Report of veterinary surgeon J.H. Steel, A.V.D., on his investigation into an obscure and fatal disease among transport mules in British Burma
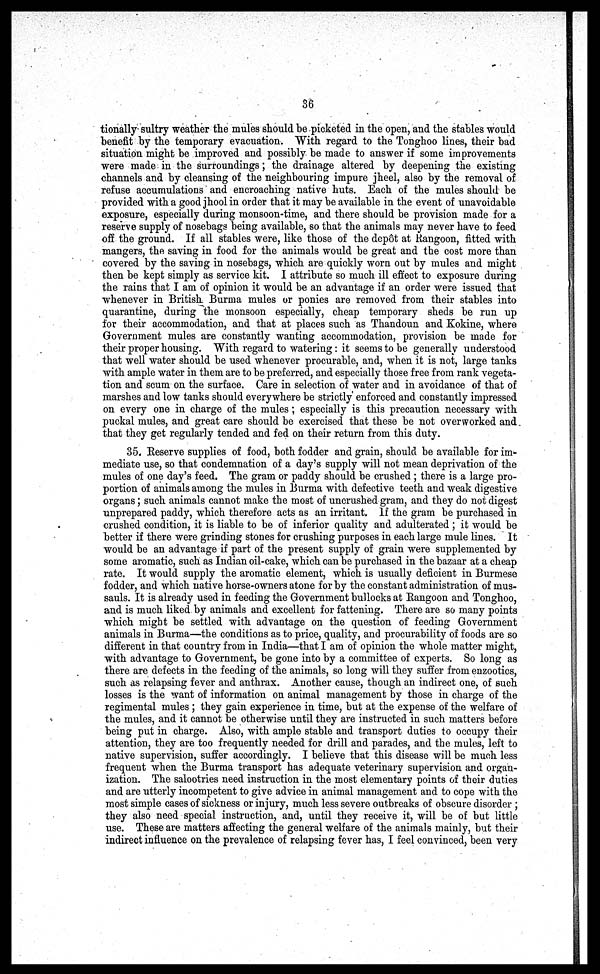
36
tionally sultry weather the mules should be picketed in the open, and the stables would
benefit by the temporary evacuation. With regard to the Tonghoo lines, their bad
situation might be improved and possibly be made to answer if some improvements
were made in the surroundings; the drainage altered by deepening the existing
channels and by cleansing of the neighbouring impure jheel, also by the removal of
refuse accumulations and encroaching native huts. Each of the mules should be
provided with a good jhool in order that it may be available in the event of unavoidable
exposure, especially during monsoon-time, and there should be provision made for a
reserve supply of nosebags being available, so that the animals may never have to feed
off the ground. If all stables were, like those of the dep6t at Rangoon, fitted with
mangers, the saving in food for the animals would be great and the cost more than
covered by the saving in nosebags, which are quickly worn out by mules and might
then be kept simply as service kit. I attribute so much ill effect to exposure during
the rains that I am of opinion it would be an advantage if an order were issued that
whenever in British Burma mules or ponies are removed from their stables into
quarantine, during the monsoon especially, cheap temporary sheds be run up
for their accommodation, and that at places such as Thandoun and Kokine, where
Government mules are constantly wanting accommodation, provision be made for
their proper housing. With regard to watering: it seems to be generally understood
that well water should be used whenever procurable, and, when it is not, large tanks
with ample water in them are to be preferred, and especially those free from rank vegeta-
tion and scum on the surface. Care in selection of water and in avoidance of that of
marshes and low tanks should everywhere be strictly enforced and constantly impressed
on every one in charge of the mules; especially is this precaution necessary with
puckal mules, and great care should be exercised that these be not overworked and
that they get regularly tended and fed on their return from this duty.
35. Reserve supplies of food, both fodder and grain, should be available for im-
mediate use, so that condemnation of a day's supply will not mean deprivation of the
mules of one day's feed. The gram or paddy should be crushed ; there is a large pro-
portion of animals among the mules in Burma with defective teeth and weak digestive
organs; such animals cannot make the most of uncrushed gram, and they do not digest
unprepared paddy, which therefore acts as an irritant. If the gram be purchased in
crushed condition, it is liable to be of inferior quality and adulterated; it would be
better if there were grinding stones for crushing purposes in each large mule lines. It
would be an advantage if part of the present supply of grain were supplemented by
some aromatic, such as Indian oil-cake, which can be purchased in the bazaar at a cheap
rate. It would supply the aromatic element, which is usually deficient in Burmese
fodder, and which native horse-owners atone for by the constant administration of mus-
sauls. It is already used in feeding the Government bullocks at Rangoon and Tonghoo,
and is much liked by animals and excellent for fattening. There are so many points
which might be settled with advantage on the question of feeding Government
animals in Burma—the conditions as to price, quality, and procurability of foods are so
different in that country from in India—that I am of opinion the whole matter might,
with advantage to Government, be gone into by a committee of experts. So long as
there are defects in the feeding of the animals, so long will they suffer from enzootics,
such as relapsing fever and anthrax. Another cause, though an indirect one, of such
losses is the want of information on animal management by those in charge of the
regimental mules; they gain experience in time, but at the expense of the welfare of
the mules, and it cannot be otherwise until they are instructed in such matters before
being put in charge. Also, with ample stable and transport duties to occupy their
attention, they are too frequently needed for drill and parades, and the mules, left to
native supervision, suffer accordingly. I believe that this disease will be much less
frequent when the Burma transport has adequate veterinary supervision and organ-
ization. The salootries need instruction in the most elementary points of their duties
and are utterly incompetent to give advice in animal management and to cope with the
most simple cases of sickness or injury, much less severe outbreaks of obscure disorder ;
they also need special instruction, and, until they receive it, will be of but little
use. These are matters affecting the general welfare of the animals mainly, but their
indirect influence on the prevalence of relapsing fever has, I feel convinced, been very